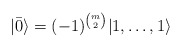
\begin{align*}|\bar{0}\rangle=(-1)^{{m \choose 2}}|1,\ldots,1\rangle\end{align*}